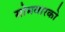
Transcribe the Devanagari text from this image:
सोमवारको